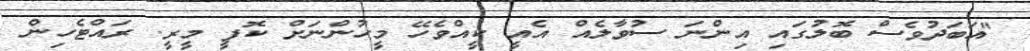
"އަބަދުވެސް ބޮލުގައި އިންނަ ސުވާލެއް އެއީ ކީއްވެހޭ މީހުންނަށް ކޮފީ މީރީ. ރައްޓެހިން